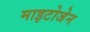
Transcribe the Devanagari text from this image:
माइटोजेन